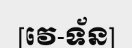
[វេ-ទ័ន]